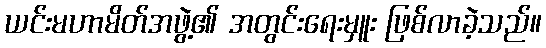
ယင်းမဟာမိတ်အဖွဲ့၏ အတွင်းရေးမှူး ဖြစ်လာခဲ့သည်။